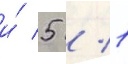
и́ 5 / 1